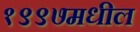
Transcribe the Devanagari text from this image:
१९९७मधील